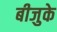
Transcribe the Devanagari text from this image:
बीजुके